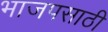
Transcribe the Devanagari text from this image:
भाजपसाठी